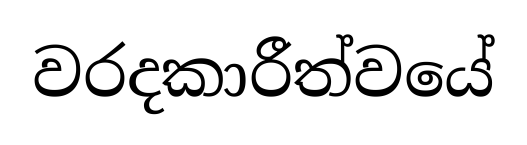
වරදකාරීත්වයේ